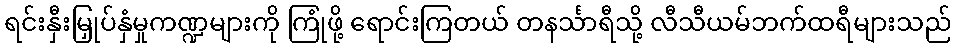
ရင်းနှီးမြှုပ်နှံမှုကဏ္ဍများကို ကြုံဖို့ ရောင်းကြတယ် တနင်္သာရီသို့ လီသီယမ်ဘက်ထရီများသည်